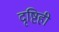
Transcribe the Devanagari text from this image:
दृष्टिही